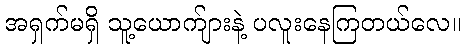
အရှက်မရှိ သူ့ယောက်ျားနဲ့ ပလူးနေကြတယ်လေ။